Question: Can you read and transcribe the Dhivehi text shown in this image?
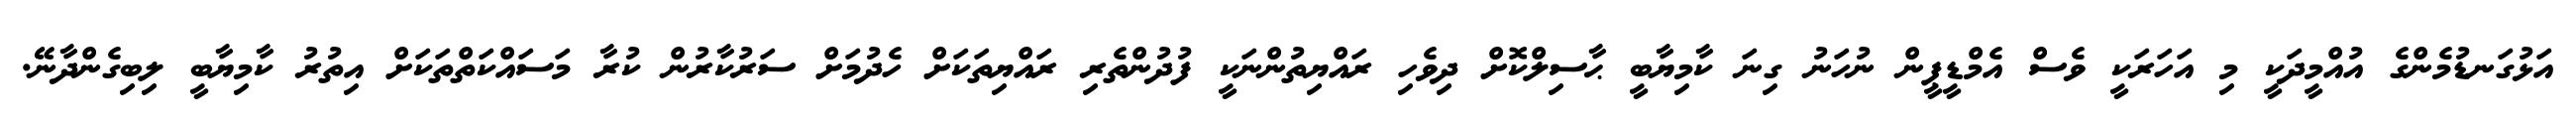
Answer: އަޅުގަނޑުމެންގެ އުއްމީދަކީ މި އަހަރަކީ ވެސް އެމްޑީޕީން ނުހަނު ގިނަ ކާމިޔާބީ ޙާސިލްކޮށް ދިވެހި ރައްޔިތުންނަކީ ފުދުންތެރި ރައްޔިތަކަށް ހެދުމަށް ސަރުކާރުން ކުރާ މަސައްކަތްތަކަށް އިތުރު ކާމިޔާބީ ލިބިގެންދާނޭ.